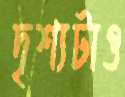
দৃশ্যটাও